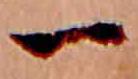
一